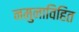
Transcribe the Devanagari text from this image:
नमुनाविहित